Calcutta medical institutions reports 1871-78
Year: 1871
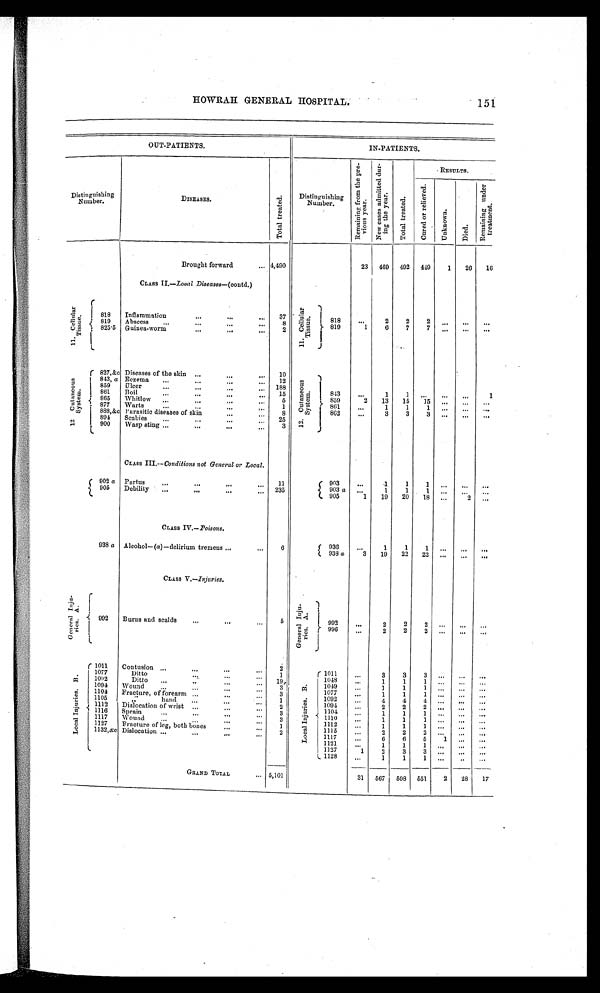
HOWRAH GENERAL HOSPITAL.
151
OUT-PATIENTS.
IN-PATIENTS.
Distinguishing
Number.
DISEASES.
T o t a l t r e a t e d .
Distinguishing
Number.
R e m a i n i n g f r o m t h e p r e -
vi ous ye a r .
N e w c a s e s a d m i t t e d d u r -
i n g t h e y e a r . T o t a l t r e a t e d .
- RESULTS.
C u r e d o r r e l i e v e d .
U n k n o w n .
D i e d .
R e m a i n i n g u n d e r t r e a t m e n t .
Brought forward
4 , 4 9 0
23
469
492
449
1
26
16
CLASS II.—Local Diseases— (contd.)
gn
r
1
I 818
Inflammation
...
—
3Z '
k
-1
.1
I
-6 ,1,
U
-
j
81
2
2
2
i 819
Abscess
...
...
...
8
} 819
-.1
6
7
7
".
..
“8
1 825'5 Guinea-worm
...
'"
'"
2
a
g
a 8
U m
r 827,&,c Diseases of the skin ..,'"
...
10
-1
8
4
a.
u
a—FA
',-,
cf)
,-;
. - . .
)
843, a Eczema
.„
1 2
859
Ulcer
:::
'"
...
"'
188
813
..,
1
1
1
861
il
...
...
...
,..
15
859
2
13
15
15
...
„.
...
865
Bo
I ,:
w
w
...
...
5
861
...
1
1
877
i ittiso
...
1
2
80'
1
...
Parasitic diseases of skin
s
804
1
. . .
Scabies
..
...
:::
25
. 900
Wasp sting :„
..,
411
3
I.
CLASS III.--Conditions not General or Local.
Partus
1"
44.
11
/L NI a
. .. .. .
99025a
...:
...
...
235
005
1
19
20
18
..
2
CLASS BT.—Poisons
938 a Alcohol—(a)—delirium tremens ,..
1
/ M a
-. 3
19
22
22
CLASS V.—Injuries.
.)
.::4 ..,i
-,- . 4
c., .:.
r
I
992
L
Burns and scalds
..,
...
...
5
.
a.
.,,
4'1.
5 . i
8.0
C'''
c..
)
;
992
"'
? ' 996
I
i
PI
.. ...
a
'E'l .
'- c,
0
14
( 1011
Contusion
2
.
PP
.
a
,2) .,
'cl
. . - _,
'
7., a
., 0
'''
r 1011
,..
3
3
3
—
" .
1077
..
Ditto
—
1
1048
,..
1
1
1
1092
.„
—
—
Ditto
..,
..
...
19..
1049
1
1
1
...
...
...
1091
Wound
...
1077
...
1
1
1
"
1104
Fracture, of forearm .,.
...
1092
1105
hand
...
. . .
1
1094
2
2
2
1112
Dislocation of wrist
1104
1
1
1
1116
...
. . .
Sprain
1110
,..
1117
Wound
...
1112
“,
1127
...
..'
Fracture of leg, both bones
...
1
1115
1132,ac Dislocation ...
—
1117
...
6
6
5
1
...
.,.
1121
...
1
1
1
..,
...
1127
1
2
3
3
...
...
...
l.
L 1128
„,
1
1
1
GRAND TOTAL
... 5,101
31
567
598
551
2
28
17